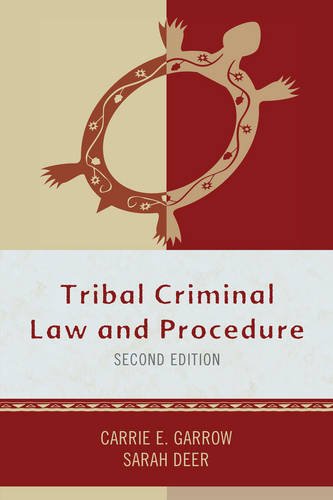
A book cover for Tribal Criminal Law and Procedure (Tribal Legal Studies); Carrie E. Garrow; Law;